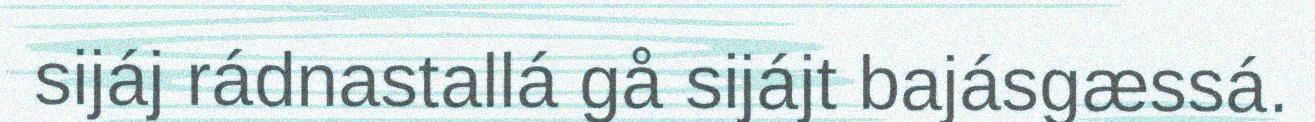
sijáj rádnastallá gå sijájt bajásgæssá.